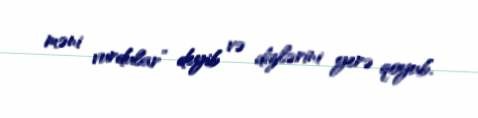
məni vurdular” deyib və dizlərini yerə qoyub.